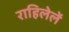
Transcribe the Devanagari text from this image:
राहिलेलें